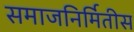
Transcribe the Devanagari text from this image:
समाजनिर्मितीस